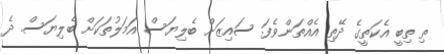
ތި ތިބީ އެކަތީގެ ދޭތި އެއްތަންވެފަ. ސައިޒަށް ބެލިޔަސް އަމަލުތަކަށް ބެލިޔަސް. ދެ